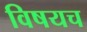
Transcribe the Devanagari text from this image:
विषयच